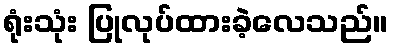
ရုံးသုံး ပြုလုပ်ထားခဲ့လေသည်။